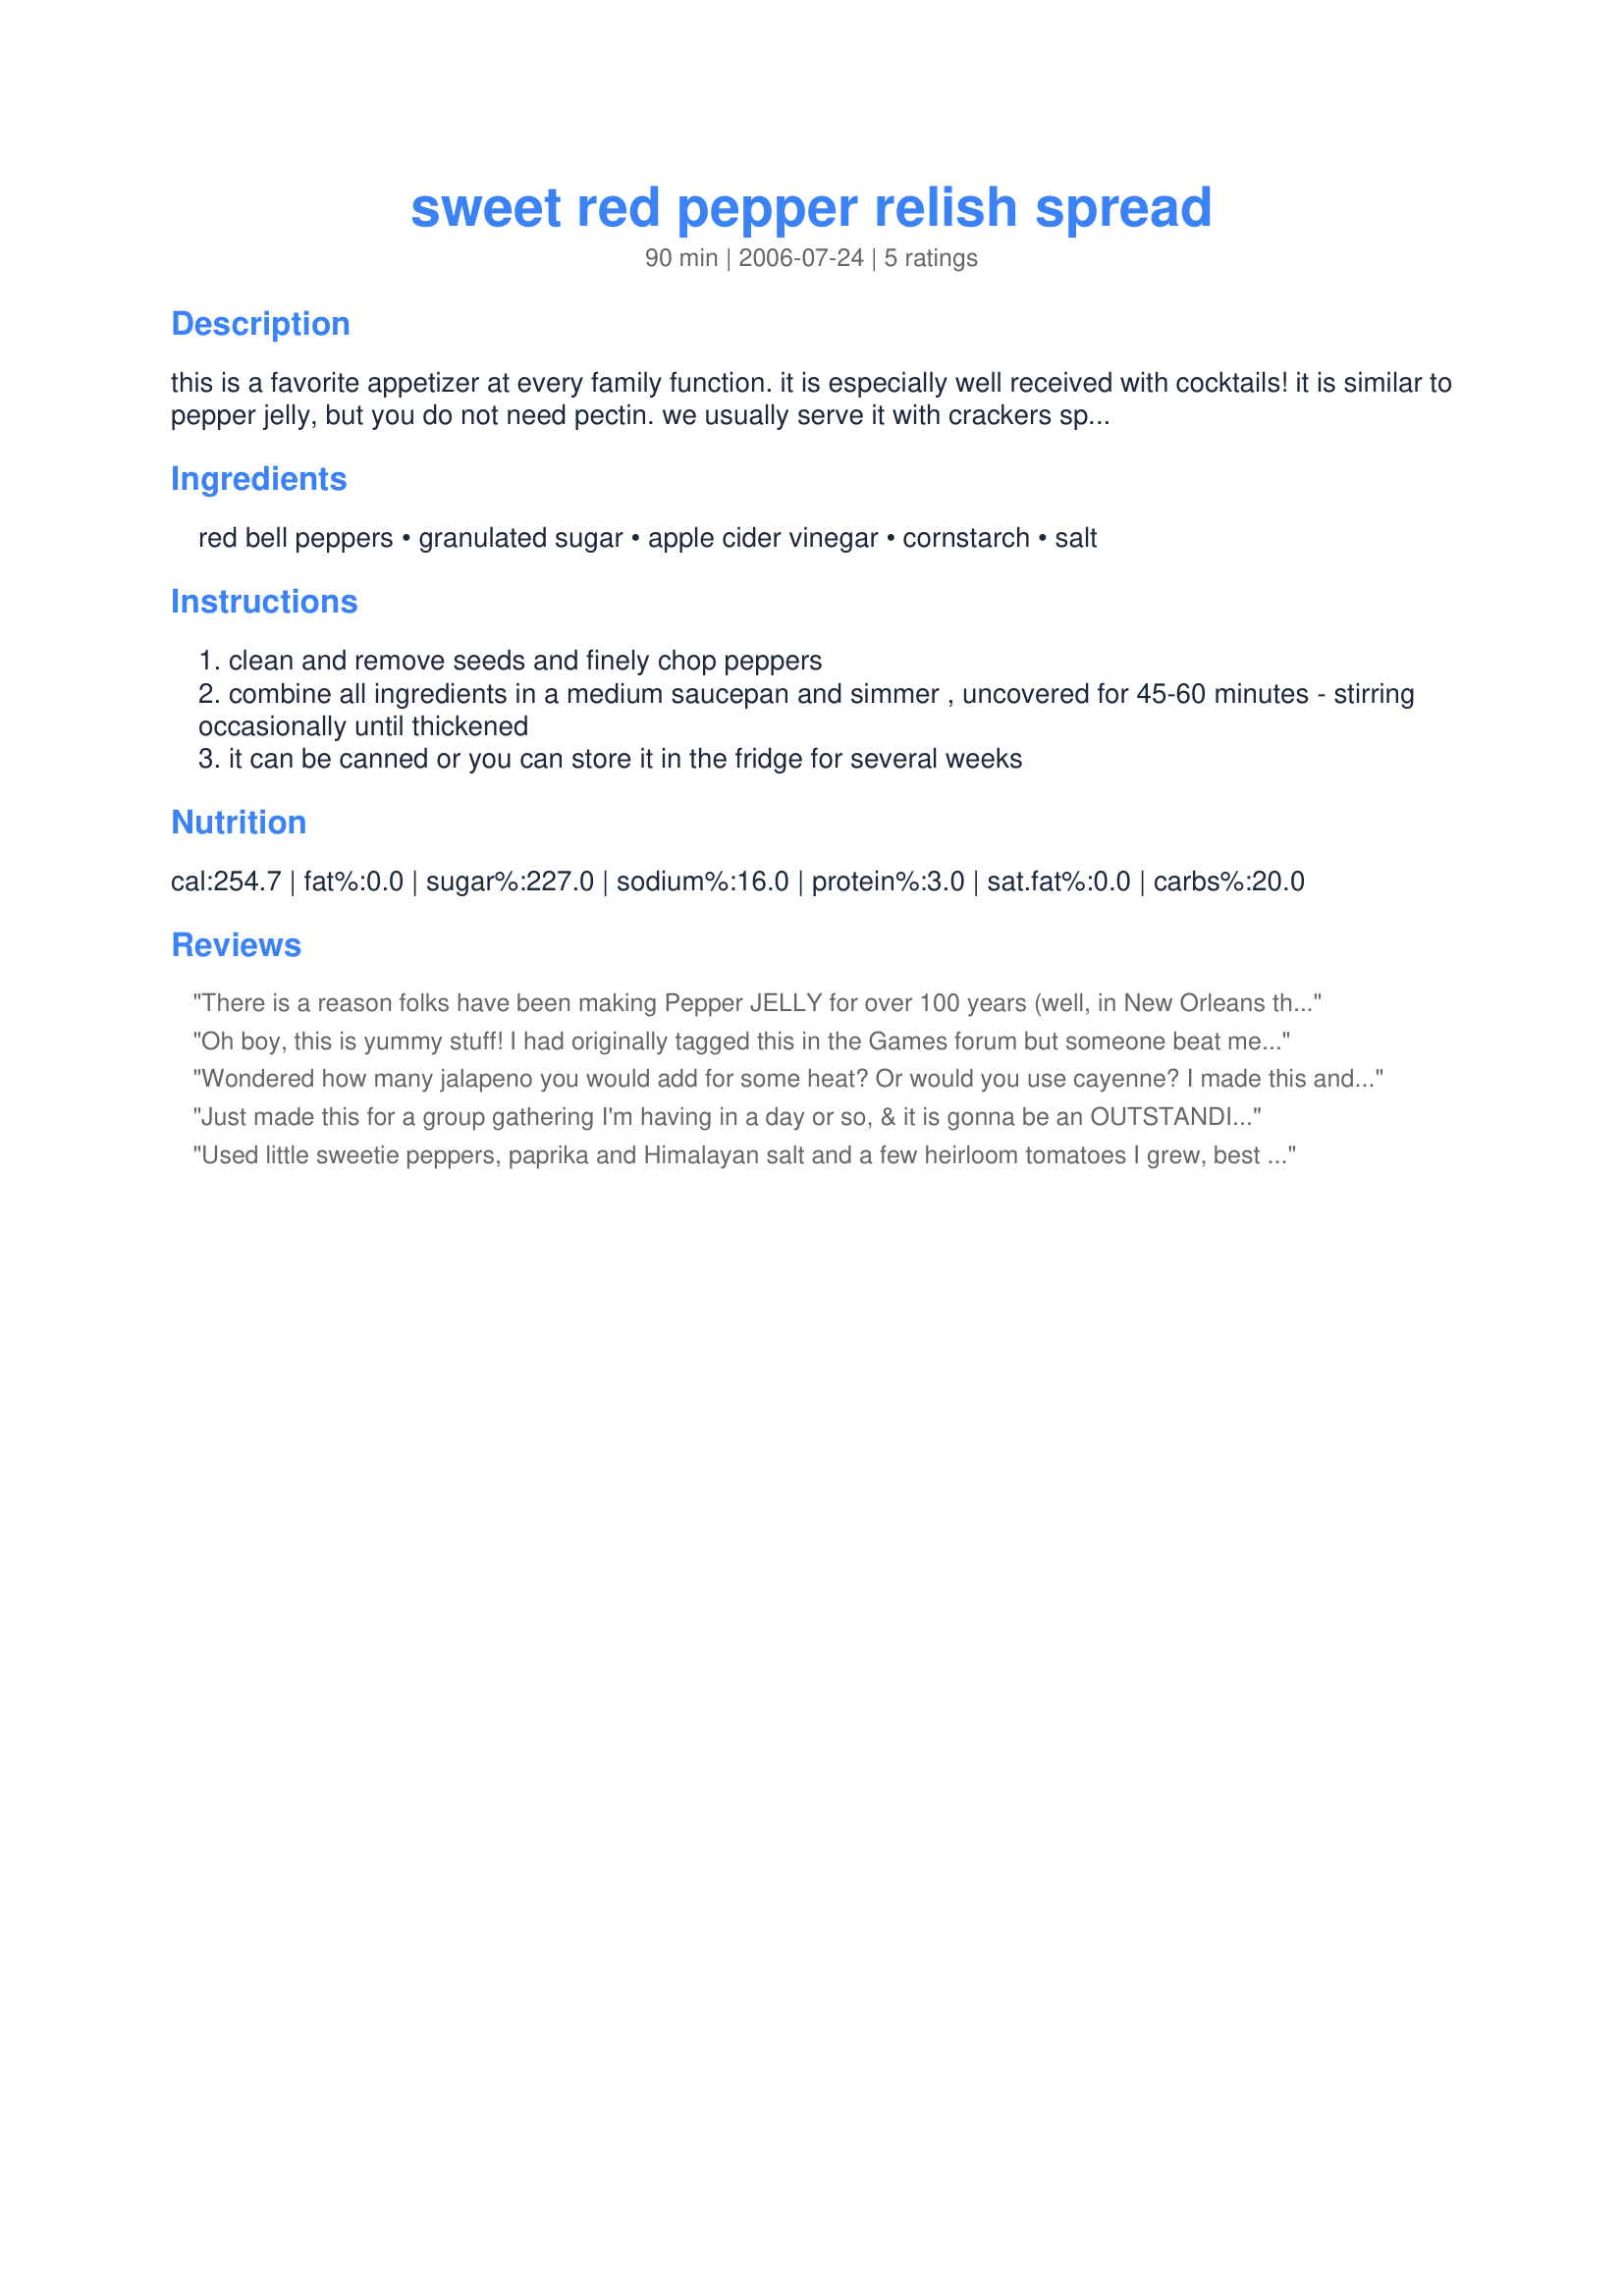
sweet red pepper relish spread
Preparation time: 90 minutes

this is a favorite appetizer at every family function. it is especially well received with cocktails! it is similar to pepper jelly, but you do not need pectin. we usually serve it with crackers spread with a little cream cheese and a dollop of this sweet spread on top. this is great to have on hand when you have unexpected company or to give as a hostess gift. (yield is aproximate)

Ingredients:
red bell peppers, granulated sugar, apple cider vinegar, cornstarch, salt

Steps:
clean and remove seeds and finely chop peppers
combine all ingredients in a medium saucepan and simmer , uncovered for 45-60 minutes - stirring occasionally until thickened
it can be canned or you can store it in the fridge for several weeks

Reviews:
There is a reason folks have been making Pepper JELLY for over 100 years (well, in New Orleans they have); straining it eliminates the skin particles. This recipe has quite good flavor but those tiny pieces of pepper skin are annoying in that they stick to teeth. Two friends who sampled this looked like they had bleeding gums. Will NOT make again.
Oh boy, this is yummy stuff! I had originally tagged this in the Games forum but someone beat me to it. I wasn't going to let that stop me from making this recipe! I pulsed the peppers in the food processor. I also added just a bit of cayenne pepper, we like our pepper spreads with some kick to it. I made this in the early evening and around 10 PM it had sat in the fridge long enough to be cold, and had this on top of some toast spread with cream cheese. We're planning on serving it this Friday night for our Sabbath dinner, dolloped over hummous. Thanks for posting, this stuff is good!
Wondered how many jalapeno you would add for some heat? Or would you use cayenne? I made this and it was delicious! Can&#039;t wait to can and give as gifts for Christmas.
Just made this for a group gathering I'm having in a day or so, & it is gonna be an OUTSTANDING spread for finger food! I've never before used the red bells for anything other than a fresh salad, but this recipe takes them to a whole other level!! Thanks for sharing it!
Used little sweetie peppers, paprika and Himalayan salt and a few heirloom tomatoes I grew, best recipe ever will use this from here on, delicious as.
